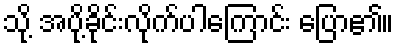
သို့ အပို့ခိုင်းလိုက်ပါကြောင်း ပြော၏။